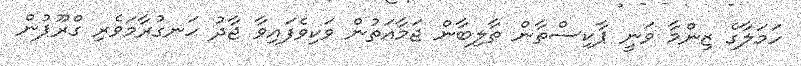
ހަމަލާގެ ޒިންމާ ވަނީ ޕާކިސްތާން ތާލިބާން ޖަމާއަތުން ވަކިވެފައިވާ ޖާދު ހަނގުރާމަވެރި ގްރޫޕުން